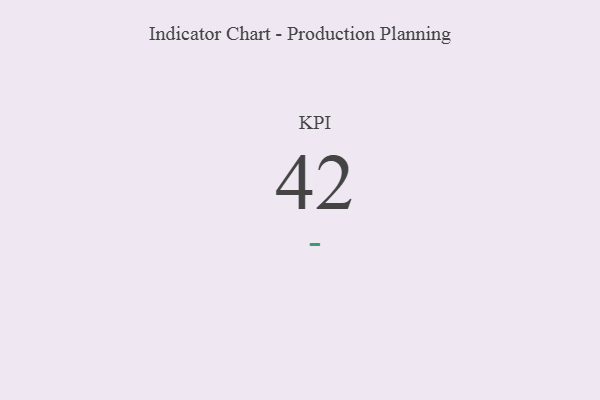
{"axis": {"x": "KPI", "y": "Value"}, "legend": [""], "data": [{"x": "KPI", "y": 42, "type": ""}]}